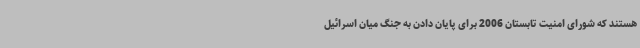
هستند که شورای امنیت تابستان 2006 برای پایان دادن به جنگ میان اسرائیل